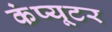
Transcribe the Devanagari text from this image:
कंंप्यूटर